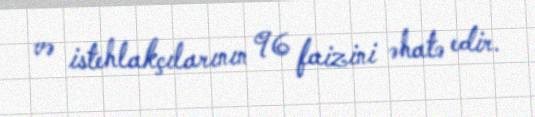
və istehlakçılarının 96 faizini əhatə edir.